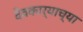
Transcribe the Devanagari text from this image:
देवकार्याच्या